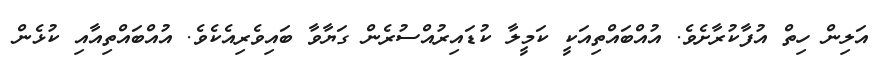
އަލިން ހިތް އުފާކުރާށެވެ. އުއްބައްތިއަކީ ކަމީލާ ކުޑައިރުއްސުރެން ގަޔާވާ ބައިވެރިއެކެވެ. އުއްބައްތިއާއި ކުޅެން